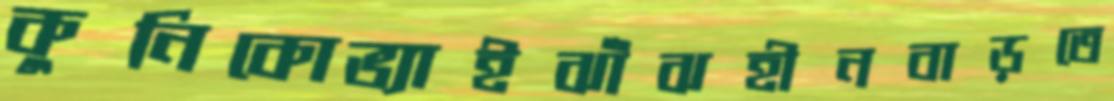
কুনিকোভ্যাইঝাঁঝহীনবাড়তে